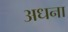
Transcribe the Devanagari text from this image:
अधना